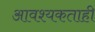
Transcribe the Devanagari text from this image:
आवश्यकताही